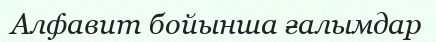
Алфавит бойынша ғалымдар